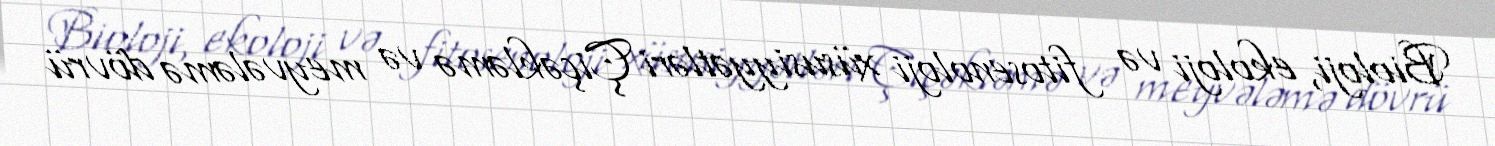
Bioloji, ekoloji və fitosenoloji xüsusiyyətləri Çiçəkləmə və meyvələmə dövrü